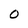
Character: 0